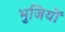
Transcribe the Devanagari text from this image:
भुजियों